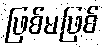
ဖြစ်မဖြစ်